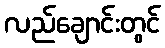
လည်ချောင်းတွင်